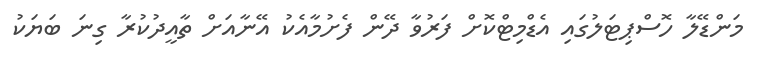
މަންޑޭލާ ހޮސްޕިޓަލުގައި އެޑްމިޓްކޮށް ފަރުވާ ދޭން ފެށުމާއެކު އޭނާއަށް ތާއީދުކުރާ ގިނަ ބަޔަކު